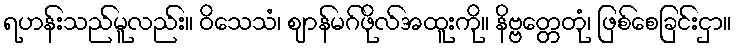
ရဟန်းသည်မူလည်း။ ဝိသေသံ၊ ဈာန်မဂ်ဖိုလ်အထူးကို။ နိဗ္ဗတ္တေတုံ၊ ဖြစ်စေခြင်းငှာ။